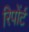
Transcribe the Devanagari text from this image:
रिपोंर्ट